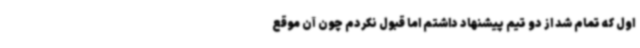
اول که تمام شد از دو تیم پیشنهاد داشتم اما قبول نکردم چون آن موقع